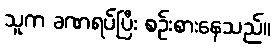
သူက ခဏရပ်ပြီး စဉ်းစားနေသည်။